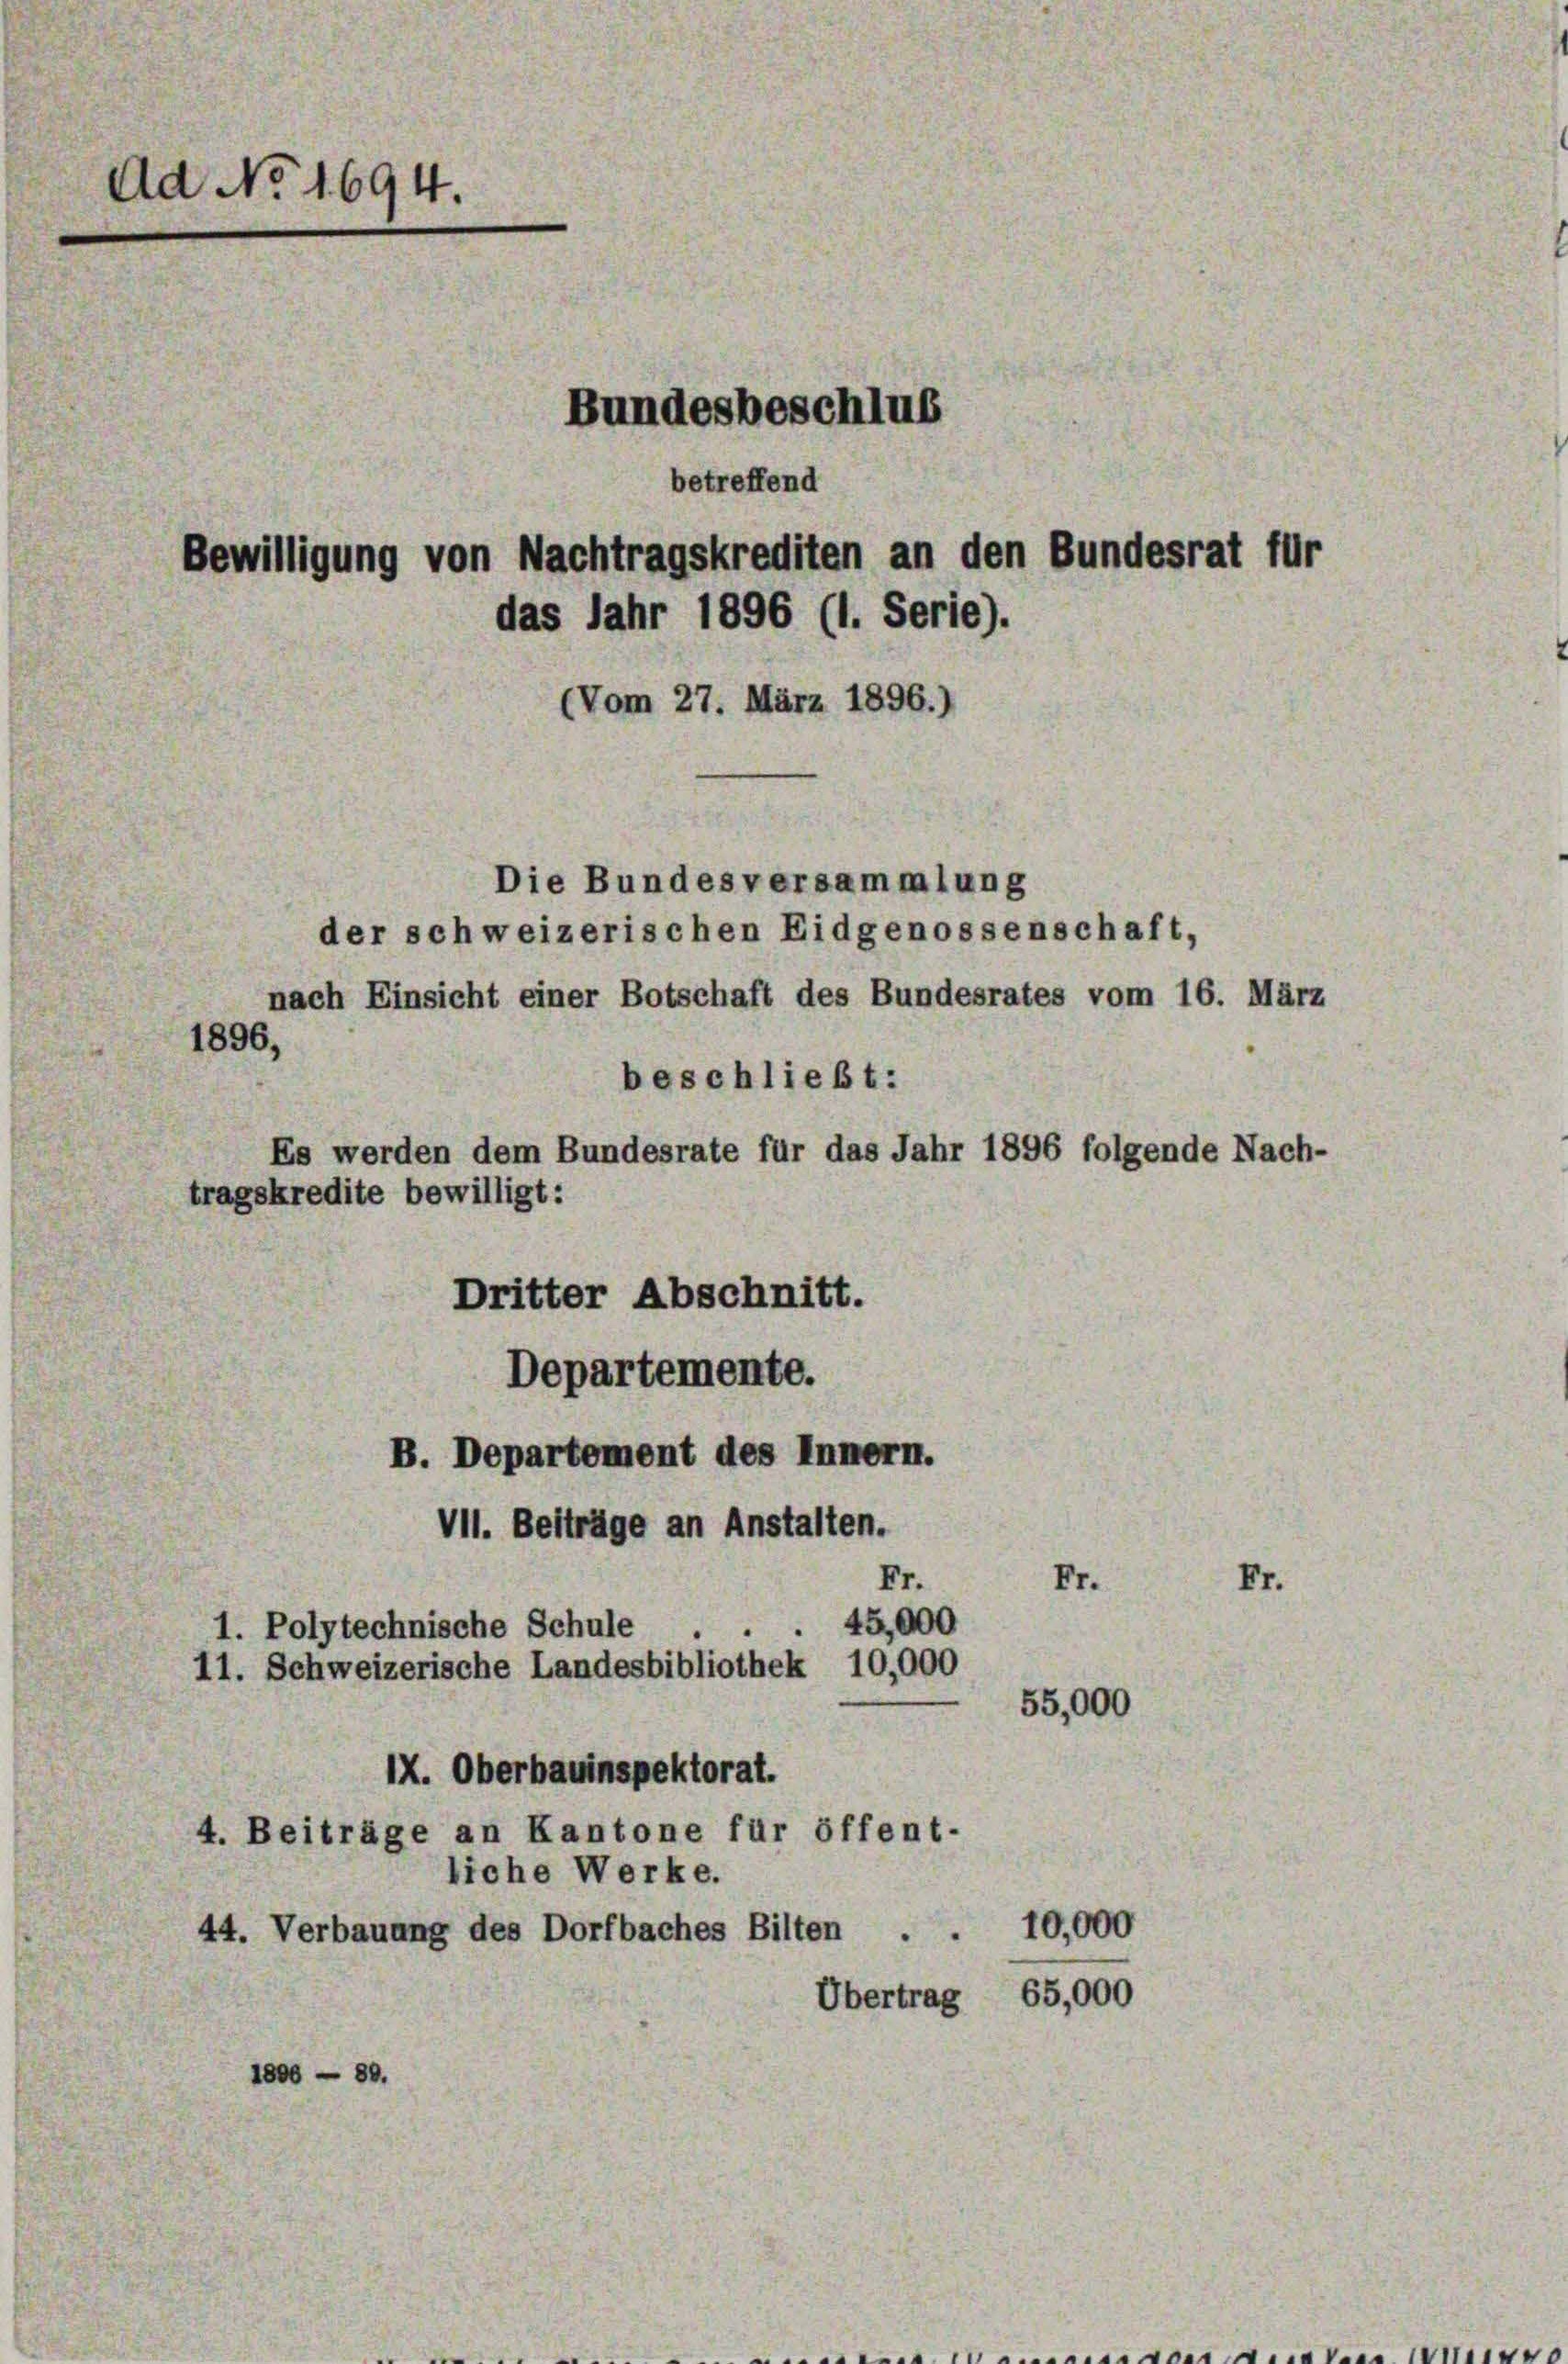
Ad No 1694.
Bundesbeschlus
betreffend
Bewilligung von Nachtragskrediten an den Bundesrat für
das Jahr 1896 (1. Serie).
(Vom 27. März 1896.)
Die Bundesversammlung
der schweizerischen Eidgenossenschaft,
nach Einsicht einer Botschaft des Bundesrates vom 16. März

beschließt:
Es werden dem Bundesrate für das Jahr 1896 folgende Nach-
tragskredite bewilligt:
Dritter Abschnitt.
Departemente.
B. Departement des Innern.
VII. Beiträge an Anstalten.
Fr.
Fr.
45,000
1. Polytechnische Schule
11. Schweizerische Landesbibliothek 10,000
55,000
IX. Oberbauinspektorat.
4. Beiträge an Kantone für öffent-
liche Werke.
10,000
44. Verbauung des Dorfbaches Bilten . .
Übertrag 65,000
1800 — 80.

1896,

Fr.